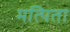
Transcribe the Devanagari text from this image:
मत्पिता